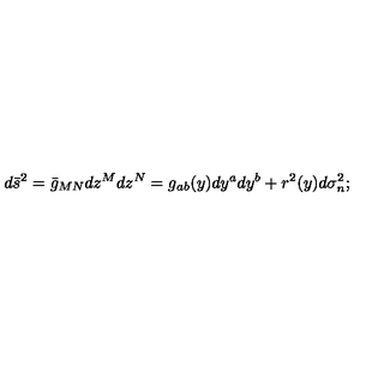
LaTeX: d { \bar { s } } ^ { 2 } = \bar { g } _ { M N } d z ^ { M } d z ^ { N } = g _ { a b } ( y ) d y ^ { a } d y ^ { b } + r ^ { 2 } ( y ) d \sigma _ { n } ^ { 2 } ;